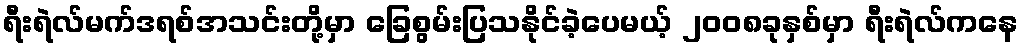
ရီးရဲလ်မက်ဒရစ်အသင်းတို့မှာ ခြေစွမ်းပြသနိုင်ခဲ့ပေမယ့် ၂၀၀၈ခုနှစ်မှာ ရီးရဲလ်ကနေ